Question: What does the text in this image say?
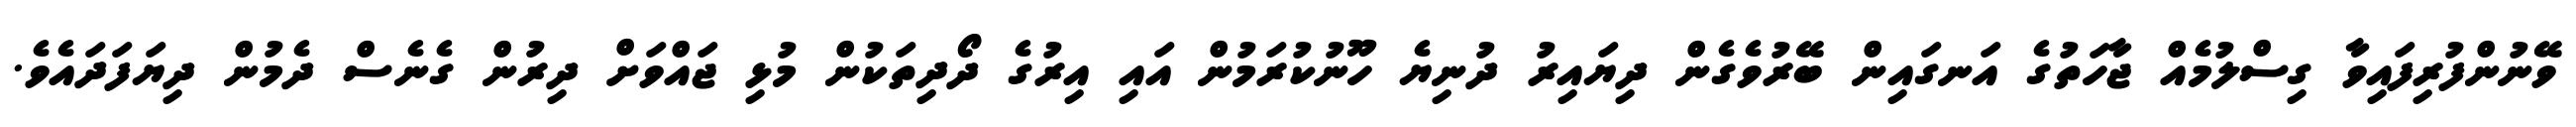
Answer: ވޭނުންފުރިފައިވާ ގިސްލުމެއް ޖާހަތުގެ އަނގައިން ބޭރުވެގެން ދިޔައިރު ދުނިޔެ ހޫނުކުރަމުން އައި އިރުގެ ދޯދިތަކުން މުޅި ޖައްވަށް ދިރުން ގެނެސް ދެމުން ދިޔަފަދައެވެ.